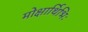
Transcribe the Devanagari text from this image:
मोक्षार्थिभिः